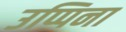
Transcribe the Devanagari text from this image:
उप्पिना